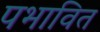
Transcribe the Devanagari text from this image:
पभावित